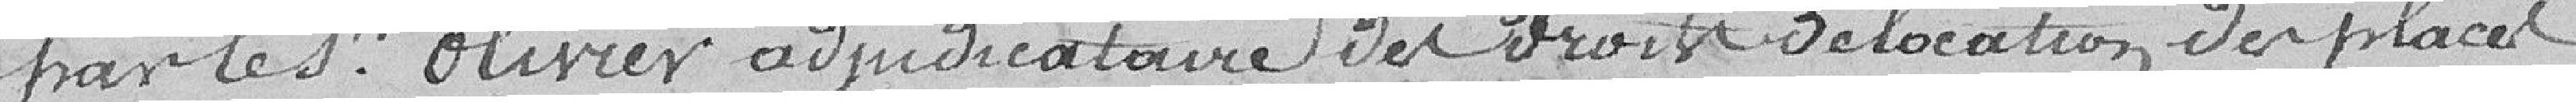
par le sieur Olivier, adjudicataire du droit de location des places